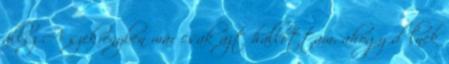
állsz A szekrényben már csak azt hallottam, ahogy dőlnek